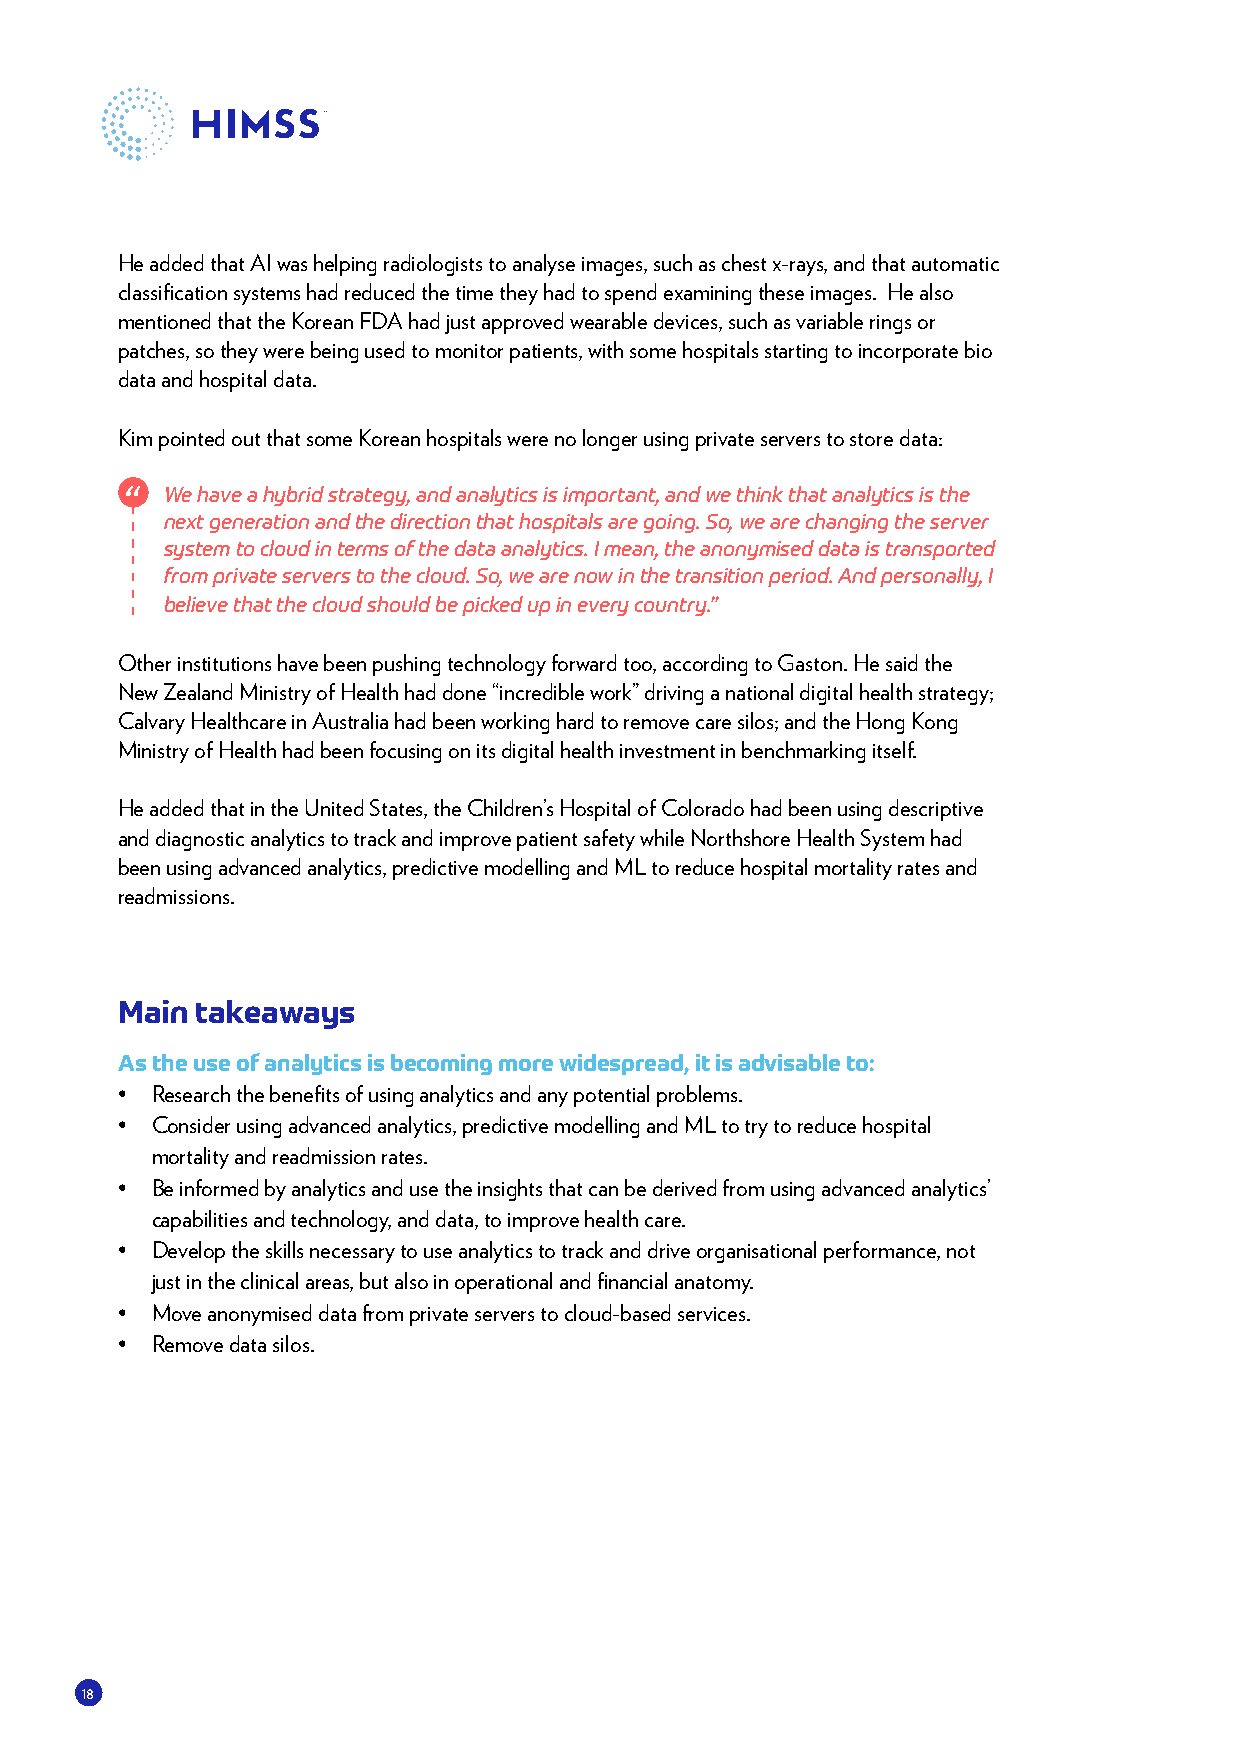
He added that AI was helping radiologists to analyse images, such as chest x-rays, and that automatic
 classification systems had reduced the time they had to spend examining these images. He also
 mentioned that the Korean FDA had just approved wearable devices, such as variable rings or
 patches, so they were being used to monitor patients, with some hospitals starting to incorporate bio
 data and hospital data.
 Kim pointed out that some Korean hospitals were no longer using private servers to store data:
 We have a hybrid strategy, and analytics is important, and we think that analytics is the
 next generation and the direction that hospitals are going. So, we are changing the server
 system to cloud in terms of the data analytics. I mean, the anonymised data is transported
 from private servers to the cloud. So, we are now in the transition period. And personally, I
 believe that the cloud should be picked up in every country.”
 Other institutions have been pushing technology forward too, according to Gaston. He said the
 New Zealand Ministry of Health had done “incredible work” driving a national digital health strategy;
 Calvary Healthcare in Australia had been working hard to remove care silos; and the Hong Kong
 Ministry of Health had been focusing on its digital health investment in benchmarking itself.
 He added that in the United States, the Children’s Hospital of Colorado had been using descriptive
 and diagnostic analytics to track and improve patient safety while Northshore Health System had
 been using advanced analytics, predictive modelling and ML to reduce hospital mortality rates and
 readmissions.
 Main takeaways
 As the use of analytics is becoming more widespread, it is advisable to:
 • Research the benefits of using analytics and any potential problems.
 • Consider using advanced analytics, predictive modelling and ML to try to reduce hospital
 mortality and readmission rates.
 • Be informed by analytics and use the insights that can be derived from using advanced analytics’
 capabilities and technology, and data, to improve health care.
 • Develop the skills necessary to use analytics to track and drive organisational performance, not
 just in the clinical areas, but also in operational and financial anatomy.
 • Move anonymised data from private servers to cloud-based services.
 • Remove data silos.
 18